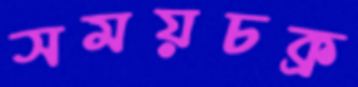
সময়চক্র